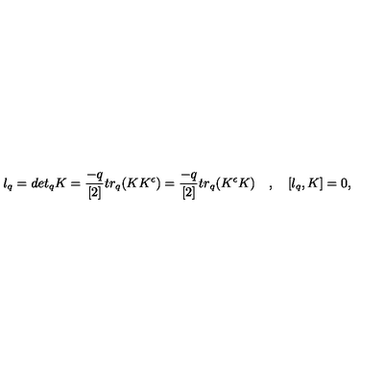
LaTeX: l _ { q } = d e t _ { q } K = \frac { - q } { [ 2 ] } t r _ { q } ( K K ^ { \epsilon } ) = \frac { - q } { [ 2 ] } t r _ { q } ( K ^ { \epsilon } K ) \quad , \quad [ l _ { q } , K ] = 0 ,